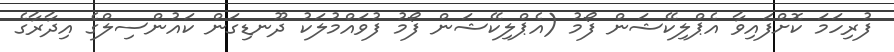
ފުރިހަމަ ކޮށްފައިވާ އެޕްލިކޭޝަން ފޯމު (އެޕްލިކޭޝަން ފޯމު ފުވައްމުލަކު ދޫނޑިގަން ކައުންސިލްގެ އިދާރާގެ